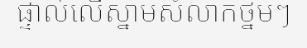
ផ្ទាល់លើស្នាមសំលាកថ្នមៗ